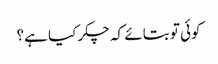
کوئی تو بتائے کہ چکر کیا ہے؟